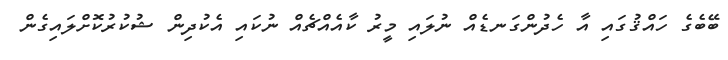
ބޭބެގެ ހައްޤުގައި އާ ހެދުންގަނޑެއް ނުލައި މީރު ކާއެއްޗެއް ނުކައި އެކުދިން ޝުކުރުކޮށްލައިގެން